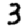
Digit: 3